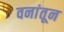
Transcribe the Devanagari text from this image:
वनांतून